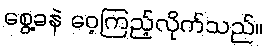
စွေ့ခနဲ ဝေ့ကြည့်လိုက်သည်။